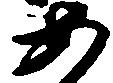
あ